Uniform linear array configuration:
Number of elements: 64
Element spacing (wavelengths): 1
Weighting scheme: kaiser
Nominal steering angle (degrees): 0
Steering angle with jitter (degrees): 1.194
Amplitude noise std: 0.05
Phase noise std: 0.05

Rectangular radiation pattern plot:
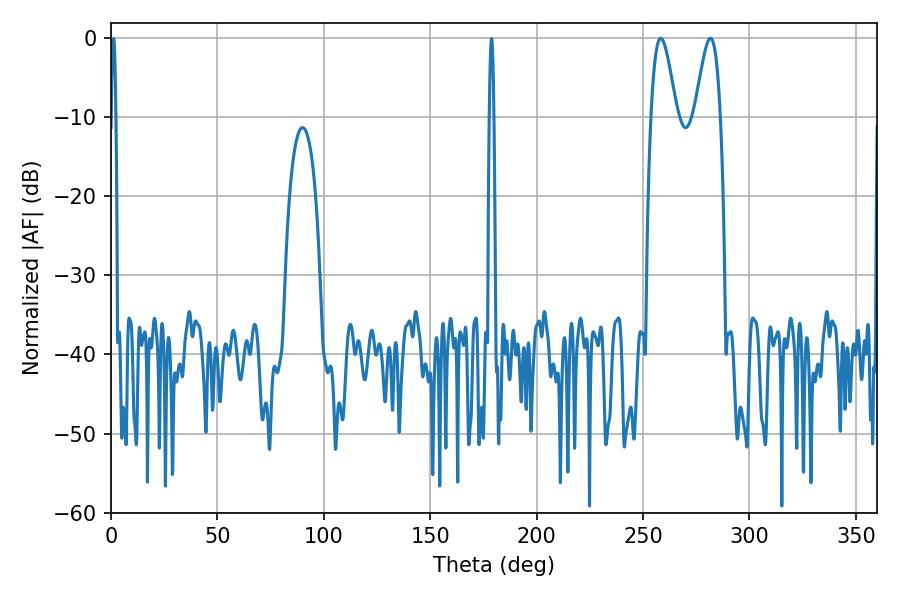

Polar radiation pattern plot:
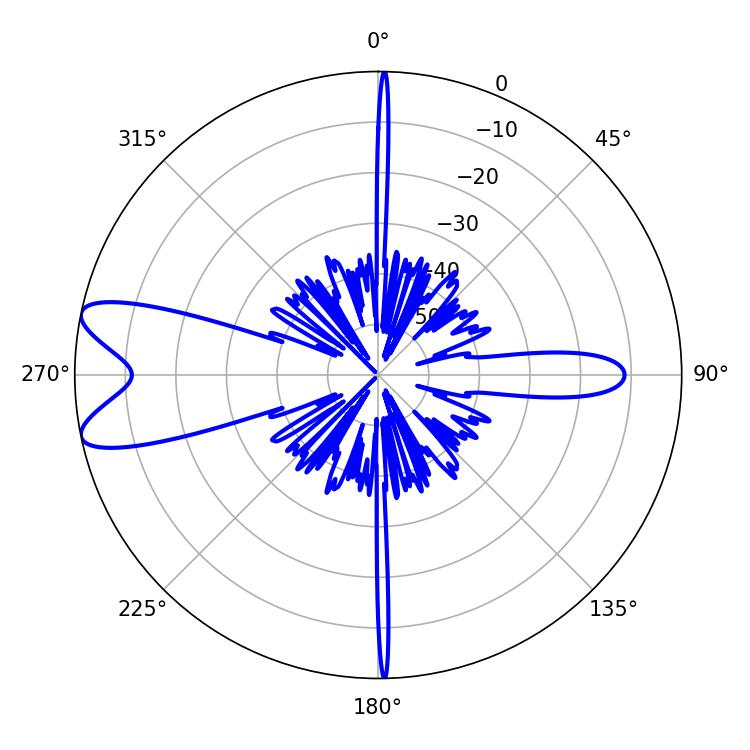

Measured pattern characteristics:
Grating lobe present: TRUE
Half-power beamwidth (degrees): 6.3
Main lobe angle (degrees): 258.3